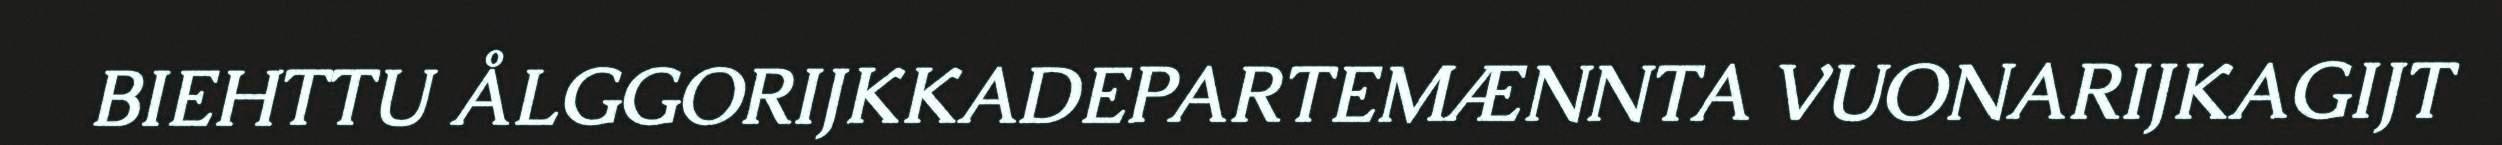
BIEHTTU ÅLGGORIJKKADEPARTEMÆNNTA VUONARIJKAGIJT